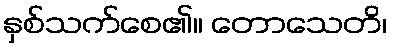
နှစ်သက်စေ၏။ တောသေတိ၊